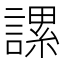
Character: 𧫖